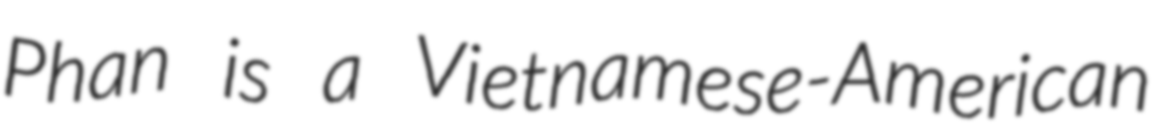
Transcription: Phan is a Vietnamese-American